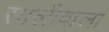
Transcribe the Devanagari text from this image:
सालीवाला